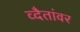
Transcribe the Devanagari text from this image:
व्दैतांवर